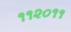
૧૧૨૦૧૧